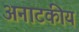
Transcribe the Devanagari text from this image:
अनाटकीय